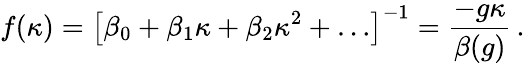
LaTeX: f(\kappa)=\left[\beta_{0}+\beta_{1}\kappa+\beta_{2}\kappa^{2}+\ldots\right]^{-1}=\frac{-g\kappa}{\beta(g)}\, .